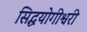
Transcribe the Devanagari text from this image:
सिद्धयोगीश्वरी